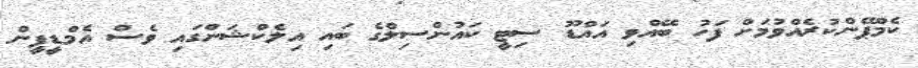
ކެމްޕޭންކުރެއްވުމަށް ފަހު ބޭއްވި އައްޑޫ ސިޓީ ކައުންސިލްގެ ބައި އިލެކްޝަންގައި ވެސް އެމްޑީޕީން